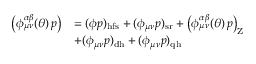
\begin{array} { r l } { \left( \phi _ { \mu \nu } ^ { \alpha \beta } ( \theta ) \, p \right) } & { = ( \phi p ) _ { \mathrm { h f s } } + ( \phi _ { \mu \nu } p ) _ { \mathrm { s r } } + \left( \phi _ { \mu \nu } ^ { \alpha \beta } ( \theta ) \, p \right) _ { \mathrm { Z } } } \\ & { + ( \phi _ { \mu \nu } p ) _ { \mathrm { d h } } + ( \phi _ { \mu \nu } p ) _ { \mathrm { q h } } } \end{array}